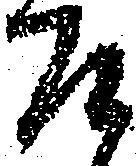
召